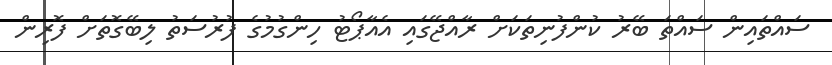
ސައްތައިން ސައްތަ ބޭރު ކުންފުނިތަކަށް ރާއްޖޭގައި އެއާޕޯޓު ހިންގުމުގެ ފުރުސަތު ލިބޭގޮތަށް ފޮރިން